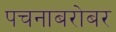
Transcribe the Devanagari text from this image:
पचनाबरोबर